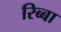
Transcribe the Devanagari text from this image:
रिब्बा